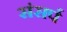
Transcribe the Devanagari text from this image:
संसर्प